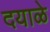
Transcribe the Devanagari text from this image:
दयाळे